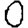
Digit: 0